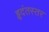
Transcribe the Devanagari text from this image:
हृदंतस्तर